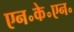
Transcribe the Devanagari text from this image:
एन॰के॰एन॰